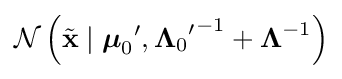
{\mathcal {N}}\left({\tilde {\mathbf {x} }}\mid {{\boldsymbol {\mu }}_{0}}',{{{\boldsymbol {\Lambda }}_{0}}'}^{-1}+{\boldsymbol {\Lambda }}^{-1}\right)